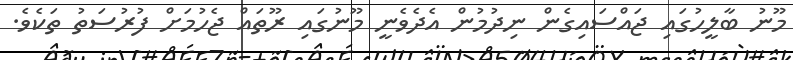
މޫނު ބާލީހުގައި ޖައްސައިގެން ނިދުމުން އެދެވެނީ މޫނުގައި ރޫތައް ޖެހުމަށް ފުރުސަތު ތަކެވެ.